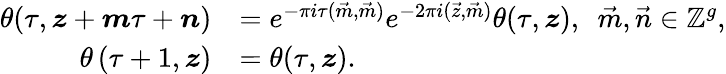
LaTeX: \begin{array}{rl}{\theta(\tau,\boldsymbol{z}+\boldsymbol{m}\tau+\boldsymbol{n})}&{=e^{-\pi i\tau(\vec{m},\vec{m})}e^{-2\pi i(\vec{z},\vec{m})}\theta(\tau,\boldsymbol{z}),\ \ \vec{m},\vec{n}\in\mathbb{Z}^{g},}\\ {\theta\left(\tau+1,\boldsymbol{z}\right)}&{=\theta(\tau,\boldsymbol{z}).}\end{array}